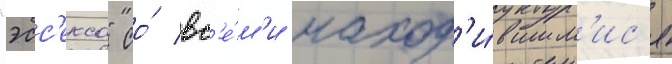
"эсс'екса" со́ вс'е́м'и наход'и́вшим'ис'я